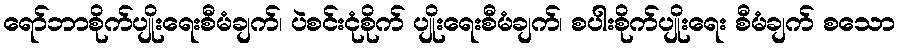
ရော်ဘာစိုက်ပျိုးရေးစီမံချက်၊ ပဲစင်းငုံစိုက် ပျိုးရေးစီမံချက်၊ စပါးစိုက်ပျိုးရေး စီမံချက် စသော